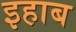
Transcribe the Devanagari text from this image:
इहाब